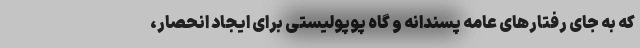
که به جای رفتارهای عامه پسندانه و گاه پوپولیستی برای ایجاد انحصار،